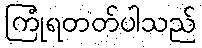
ကြုံရတတ်ပါသည်